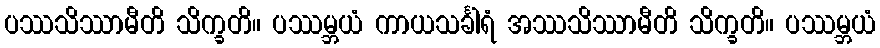
ပဿသိဿာမီတိ သိက္ခတိ။ ပဿမ္ဘယံ ကာယသင်္ခါရံ အဿသိဿာမီတိ သိက္ခတိ။ ပဿမ္ဘယံ